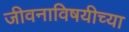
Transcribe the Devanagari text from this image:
जीवनाविषयीच्या